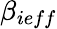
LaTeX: \beta_{ieff}